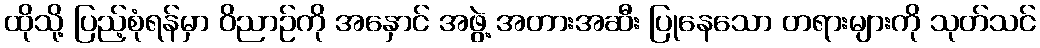
ထိုသို့ ပြည့်စုံရန်မှာ ဝိညာဉ်ကို အနှောင် အဖွဲ့ အတားအဆီး ပြုနေသော တရားများကို သုတ်သင်